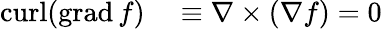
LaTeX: \begin{array}{rl}{\operatorname{curl}(\operatorname{grad}f)}&{{}\equiv\nabla\times(\nabla f)=0}\end{array}